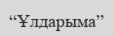
“Ұлдарыма”